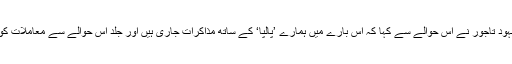
ترجمان پی آئی اے مشہود تاجور نے اس حوالے سے کہا کہ اس بارے میں ہمارے ’پالپا‘ کے ساتھ مذاکرات جاری ہیں اور جلد اس حوالے سے معاملات کو طے کر لیا جائے گا۔